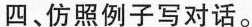
四、仿照例子写对话.